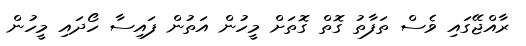
ރާއްޖޭގައި ވެސް ތަފާތު ގޮތް ގޮތަށް މީހުން އަތުން ފައިސާ ހޯދައި މީހުން